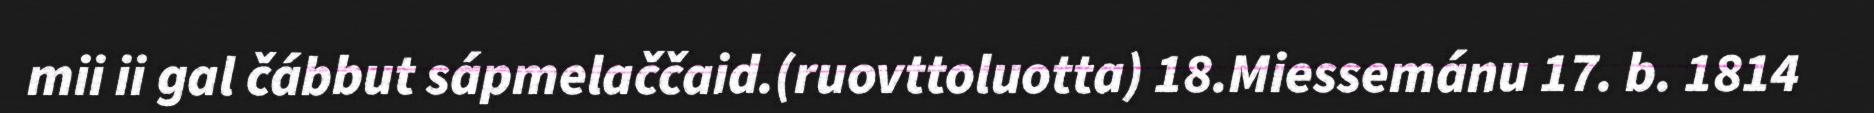
mii ii gal čábbut sápmelaččaid.(ruovttoluotta) 18.Miessemánu 17. b. 1814